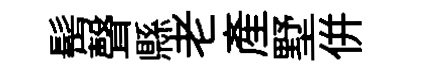
髩聲縣老產墅併